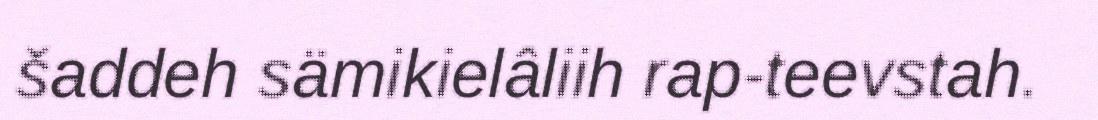
šaddeh sämikielâliih rap-teevstah.